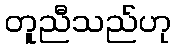
တူညီသည်ဟု